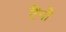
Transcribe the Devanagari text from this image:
टैंपो